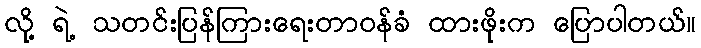
လို့ ရဲ့ သတင်းပြန်ကြားရေးတာဝန်ခံ ထားဖိုးက ပြောပါတယ်။